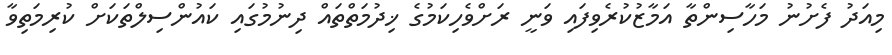
މިއަދު ފެށުނު މަހާސިންތާ އަމާޒުކުރެވިފައި ވަނީ ރަށްވެހިކަމުގެ ޚިދުމަތްތައް ދިނުމުގައި ކައުންސިލްތަކަށް ކުރިމަތިވާ